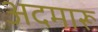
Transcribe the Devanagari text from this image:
अदमारू